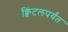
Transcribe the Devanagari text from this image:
क्विंटलपर्यंत